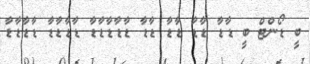
ބީ ޑޯންޓް ބީ ޑާޑާ ޑާޑާ ޑާޑާ ޑާޑާ ޑާޑާޑާޑާޑާ ޑާޑާޑާޑާ ޑާޑާޑާޑާ